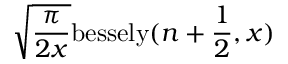
\sqrt { \frac { \pi } { 2 x } } \mathrm { b e s s e l y } ( n + \frac { 1 } { 2 } , x )